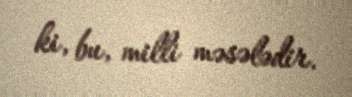
ki, bu, milli məsələdir.